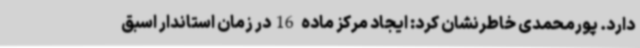
دارد. پورمحمدی خاطرنشان کرد: ایجاد مرکز ماده 16در زمان استاندار اسبق